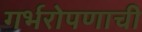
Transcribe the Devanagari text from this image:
गर्भरोपणाची